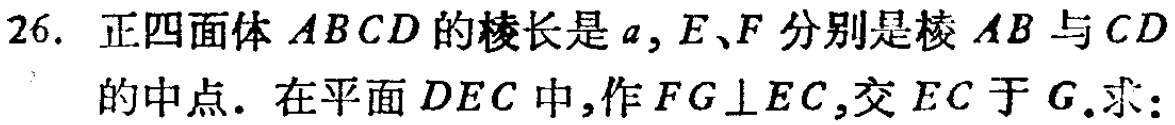
26. 正四面体 \(ABCD\) 的棱长是 \(a\)，\(E、F\) 分别是棱 \(AB\) 与 \(CD\) 的中点. 在平面 \(DEC\) 中，作 \(FG\perp EC\)，交 \(EC\) 于 \(G\).求：